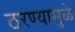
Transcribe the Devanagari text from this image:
ठरण्यामुळे